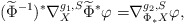
\begin{align*} (\widetilde{\Phi}^{-1})^*\nabla_X^{g_1,S}\widetilde{\Phi}^*\varphi =&\nabla^{g_2,S}_{\Phi_* X}\varphi, \end{align*}